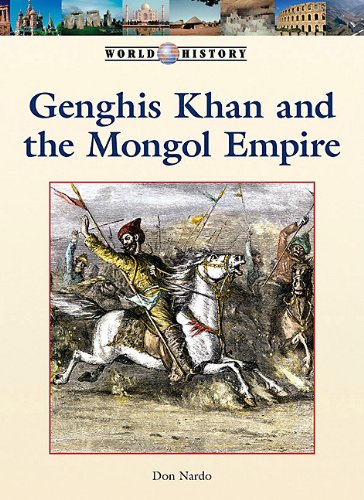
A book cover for Genghis Khan and the Mongol Empire (World History Series); Don Nardo; Teen & Young Adult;